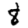
Digit: 8